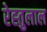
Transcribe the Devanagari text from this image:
रेह्तुलाल